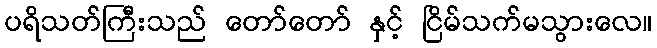
ပရိသတ်ကြီးသည် တော်တော် နှင့် ငြိမ်သက်မသွားလေ။